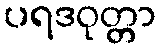
ပရဒဝုတ္တာ